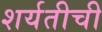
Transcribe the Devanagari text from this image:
शर्यतीची